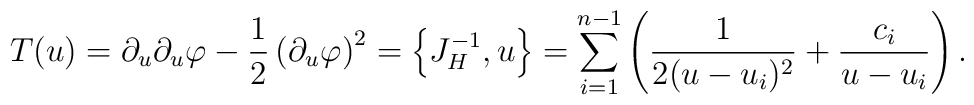
T(u)=\partial_u\partial_u\varphi-{1\over 2}\left(\partial_u\varphi\right)^2=\left\{J_H^{-1},u\right\}=\sum_{i=1}^{n-1}\left({1\over 2(u-u_i)^2}+{c_i\over u-u_i}\right).